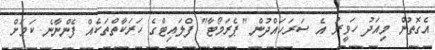
އެގޮތުން މިއަދު ހަވީރު އެ ސަރަހައްދުން "ޕެރަމޯޓާ" ފްލައިޓްގެ ހަރަކާތްތަކެއް ފެންނާނެ ކަމަށް